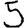
Digit: 5